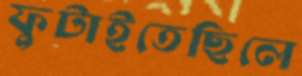
ফুটাইতেছিলে